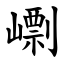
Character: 㠒